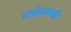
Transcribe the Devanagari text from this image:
तत्रंज्ञानानी